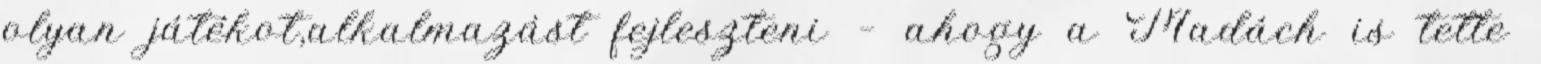
olyan játékot,alkalmazást fejleszteni — ahogy a Madách is tette